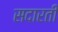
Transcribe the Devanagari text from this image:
सदारती